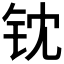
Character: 𬬵